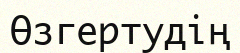
Өзгертудің